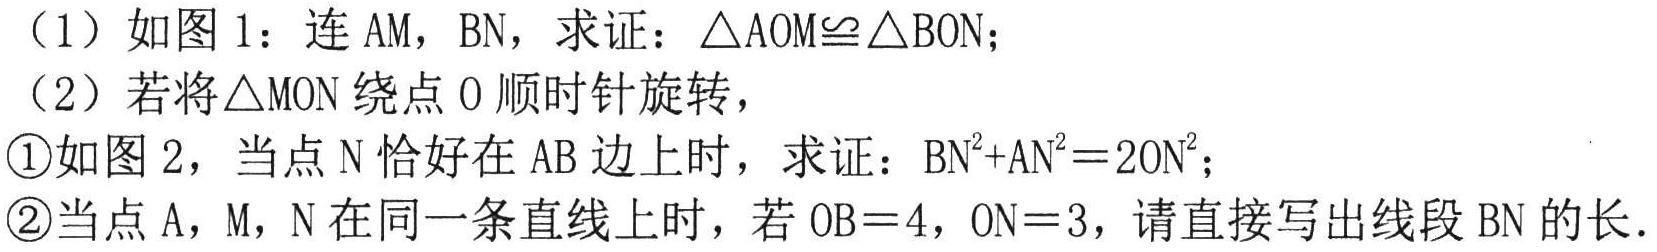
（1）如图 1：连 \(AM\)，\(BN\)，求证：\(\triangle AOM\cong\triangle BON\)；
（2）若将\(\triangle MON\)绕点 \(O\) 顺时针旋转，
\textcircled{1}如图 2，当点 \(N\) 恰好在 \(AB\) 边上时，求证：\(BN^{2}+AN^{2}=2ON^{2}\)；
\textcircled{2}当点 \(A\)，\(M\)，\(N\) 在同一条直线上时，若 \(OB = 4\)，\(ON = 3\)，请直接写出线段 \(BN\) 的长.